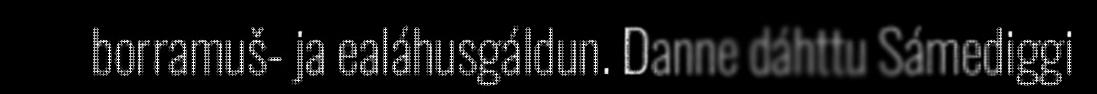
borramuš- ja ealáhusgáldun. Danne dáhttu Sámediggi